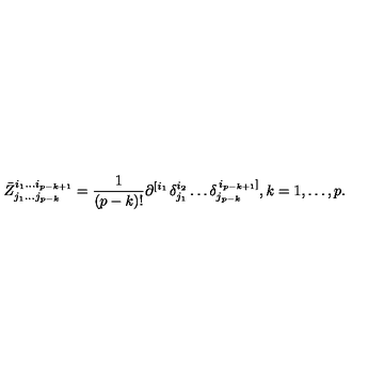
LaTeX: \bar { Z } _ { j _ { 1 } \ldots j _ { p - k } } ^ { i _ { 1 } \ldots i _ { p - k + 1 } } = \frac 1 { \left( p - k \right) ! } \partial _ { } ^ { \left[ i _ { 1 } \right. } \delta _ { j _ { 1 } } ^ { i _ { 2 } } \ldots \delta _ { j _ { p - k } } ^ { \left. i _ { p - k + 1 } \right] } , k = 1 , \ldots , p .